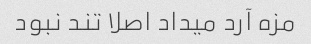
مزه آرد میداد اصلا تند نبود